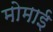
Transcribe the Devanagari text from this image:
मोमाई